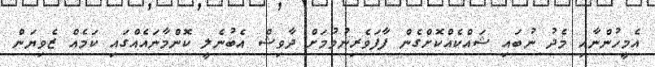
އެމީހުންނާއި މެދު ނުބައި ޝައްކެއްކޮށްގެން ފާފަވެރިނުވުމަށް ދާވިޝް އެބުނެލީ ކޮންމާނައެއްގައި ކަމެއް ޒެވިޔަން